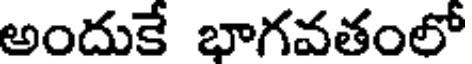
అందుకే భాగవతంలో